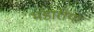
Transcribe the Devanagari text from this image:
भंडारीयां